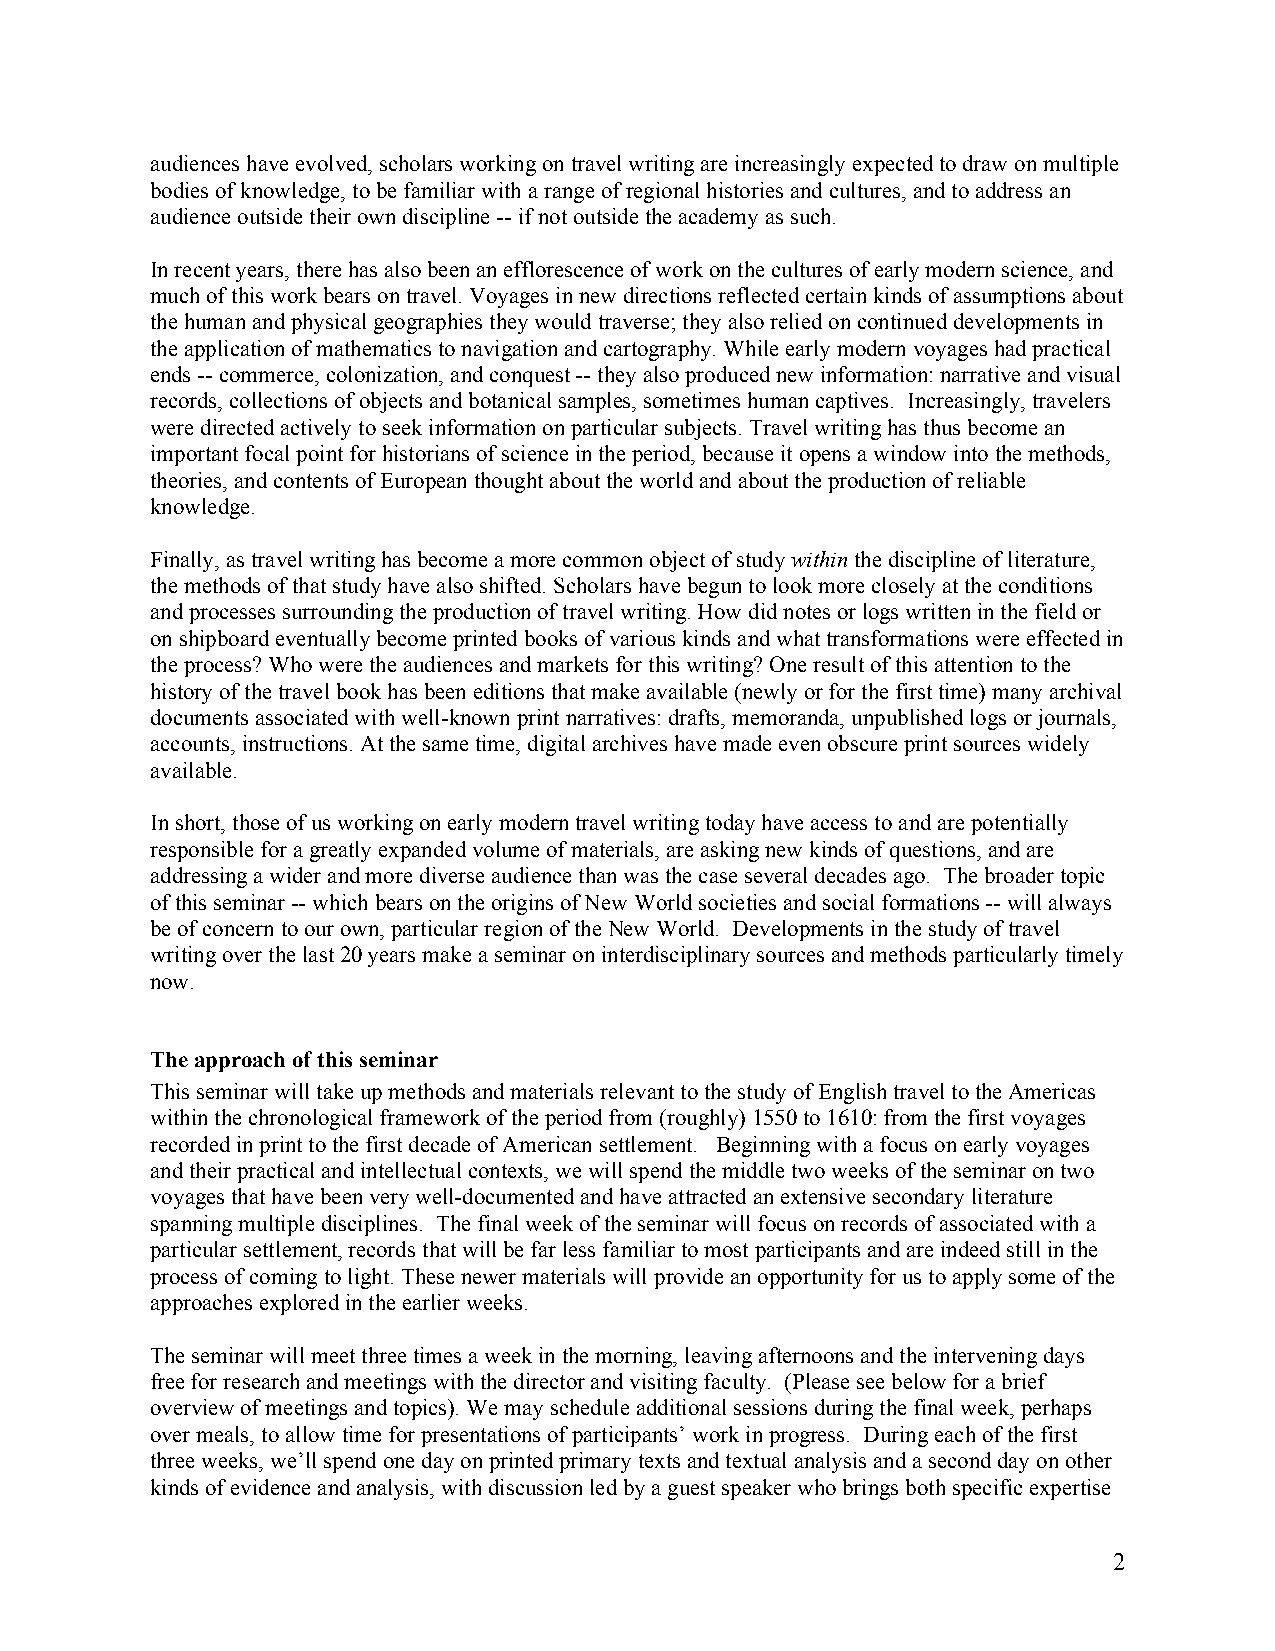
audiences have evolved, scholars working on travel writing are increasingly expected to draw on multiple
 bodies of knowledge, to be familiar with a range of regional histories and cultures, and to address an
 audience outside their own discipline -- if not outside the academy as such.
 In recent years, there has also been an efflorescence of work on the cultures of early modern science, and
 much of this work bears on travel. Voyages in new directions reflected certain kinds of assumptions about
 the human and physical geographies they would traverse; they also relied on continued developments in
 the application of mathematics to navigation and cartography. While early modern voyages had practical
 ends -- commerce, colonization, and conquest -- they also produced new information: narrative and visual
 records, collections of objects and botanical samples, sometimes human captives. Increasingly, travelers
 were directed actively to seek information on particular subjects. Travel writing has thus become an
 important focal point for historians of science in the period, because it opens a window into the methods,
 theories, and contents of European thought about the world and about the production of reliable
 knowledge.
 Finally, as travel writing has become a more common object of study within the discipline of literature,
 the methods of that study have also shifted. Scholars have begun to look more closely at the conditions
 and processes surrounding the production of travel writing. How did notes or logs written in the field or
 on shipboard eventually become printed books of various kinds and what transformations were effected in
 the process? Who were the audiences and markets for this writing? One result of this attention to the
 history of the travel book has been editions that make available (newly or for the first time) many archival
 documents associated with well-known print narratives: drafts, memoranda, unpublished logs or journals,
 accounts, instructions. At the same time, digital archives have made even obscure print sources widely
 available.
 In short, those of us working on early modern travel writing today have access to and are potentially
 responsible for a greatly expanded volume of materials, are asking new kinds of questions, and are
 addressing a wider and more diverse audience than was the case several decades ago. The broader topic
 of this seminar -- which bears on the origins of New World societies and social formations -- will always
 be of concern to our own, particular region of the New World. Developments in the study of travel
 writing over the last 20 years make a seminar on interdisciplinary sources and methods particularly timely
 now.
 The approach of this seminar
 This seminar will take up methods and materials relevant to the study of English travel to the Americas
 within the chronological framework of the period from (roughly) 1550 to 1610: from the first voyages
 recorded in print to the first decade of American settlement. Beginning with a focus on early voyages
 and their practical and intellectual contexts, we will spend the middle two weeks of the seminar on two
 voyages that have been very well-documented and have attracted an extensive secondary literature
 spanning multiple disciplines. The final week of the seminar will focus on records of associated with a
 particular settlement, records that will be far less familiar to most participants and are indeed still in the
 process of coming to light. These newer materials will provide an opportunity for us to apply some of the
 approaches explored in the earlier weeks.
 The seminar will meet three times a week in the morning, leaving afternoons and the intervening days
 free for research and meetings with the director and visiting faculty. (Please see below for a brief
 overview of meetings and topics). We may schedule additional sessions during the final week, perhaps
 over meals, to allow time for presentations of participants’ work in progress. During each of the first
 three weeks, we’ll spend one day on printed primary texts and textual analysis and a second day on other
 kinds of evidence and analysis, with discussion led by a guest speaker who brings both specific expertise
 2